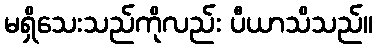
မရှိသေးသည်ကိုလည်း ပီယာသိသည်။